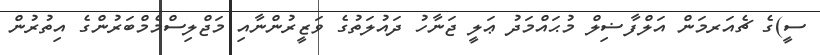
ސީ)ގެ ޗެއަރމަން އަލްފާޟިލް މުޙައްމަދު ޢަލީ ޖަނާހު ދައުލަތުގެ ވަޒީރުންނާއި މަޖްލިސްމެމްބަރުންގެ އިތުރުން